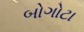
બોગોટા